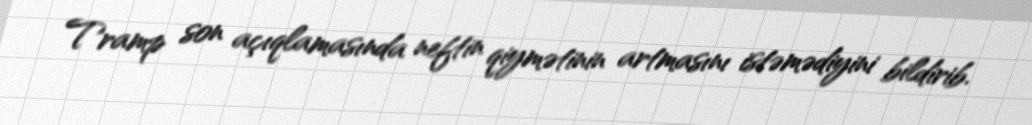
Tramp son açıqlamasında neftin qiymətinin artmasını istəmədiyini bildirib.